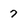
Character: 7